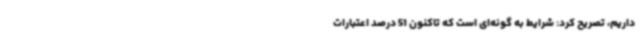
داریم، تصریح کرد: شرایط به گونه‌ای است که تاکنون 51 درصد اعتبارات